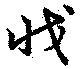
戕